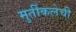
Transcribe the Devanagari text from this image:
मुर्तीकलेची